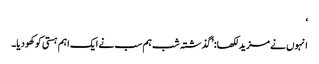
‘
انہوں نے مزید لکھا: ’گذشتہ شب ہم سب نے ایک اہم ہستی کو کھو دیا۔